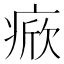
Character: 𤷓